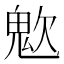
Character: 𩲟